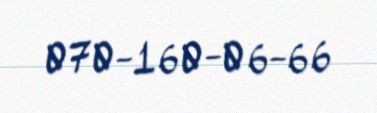
070-160-06-66